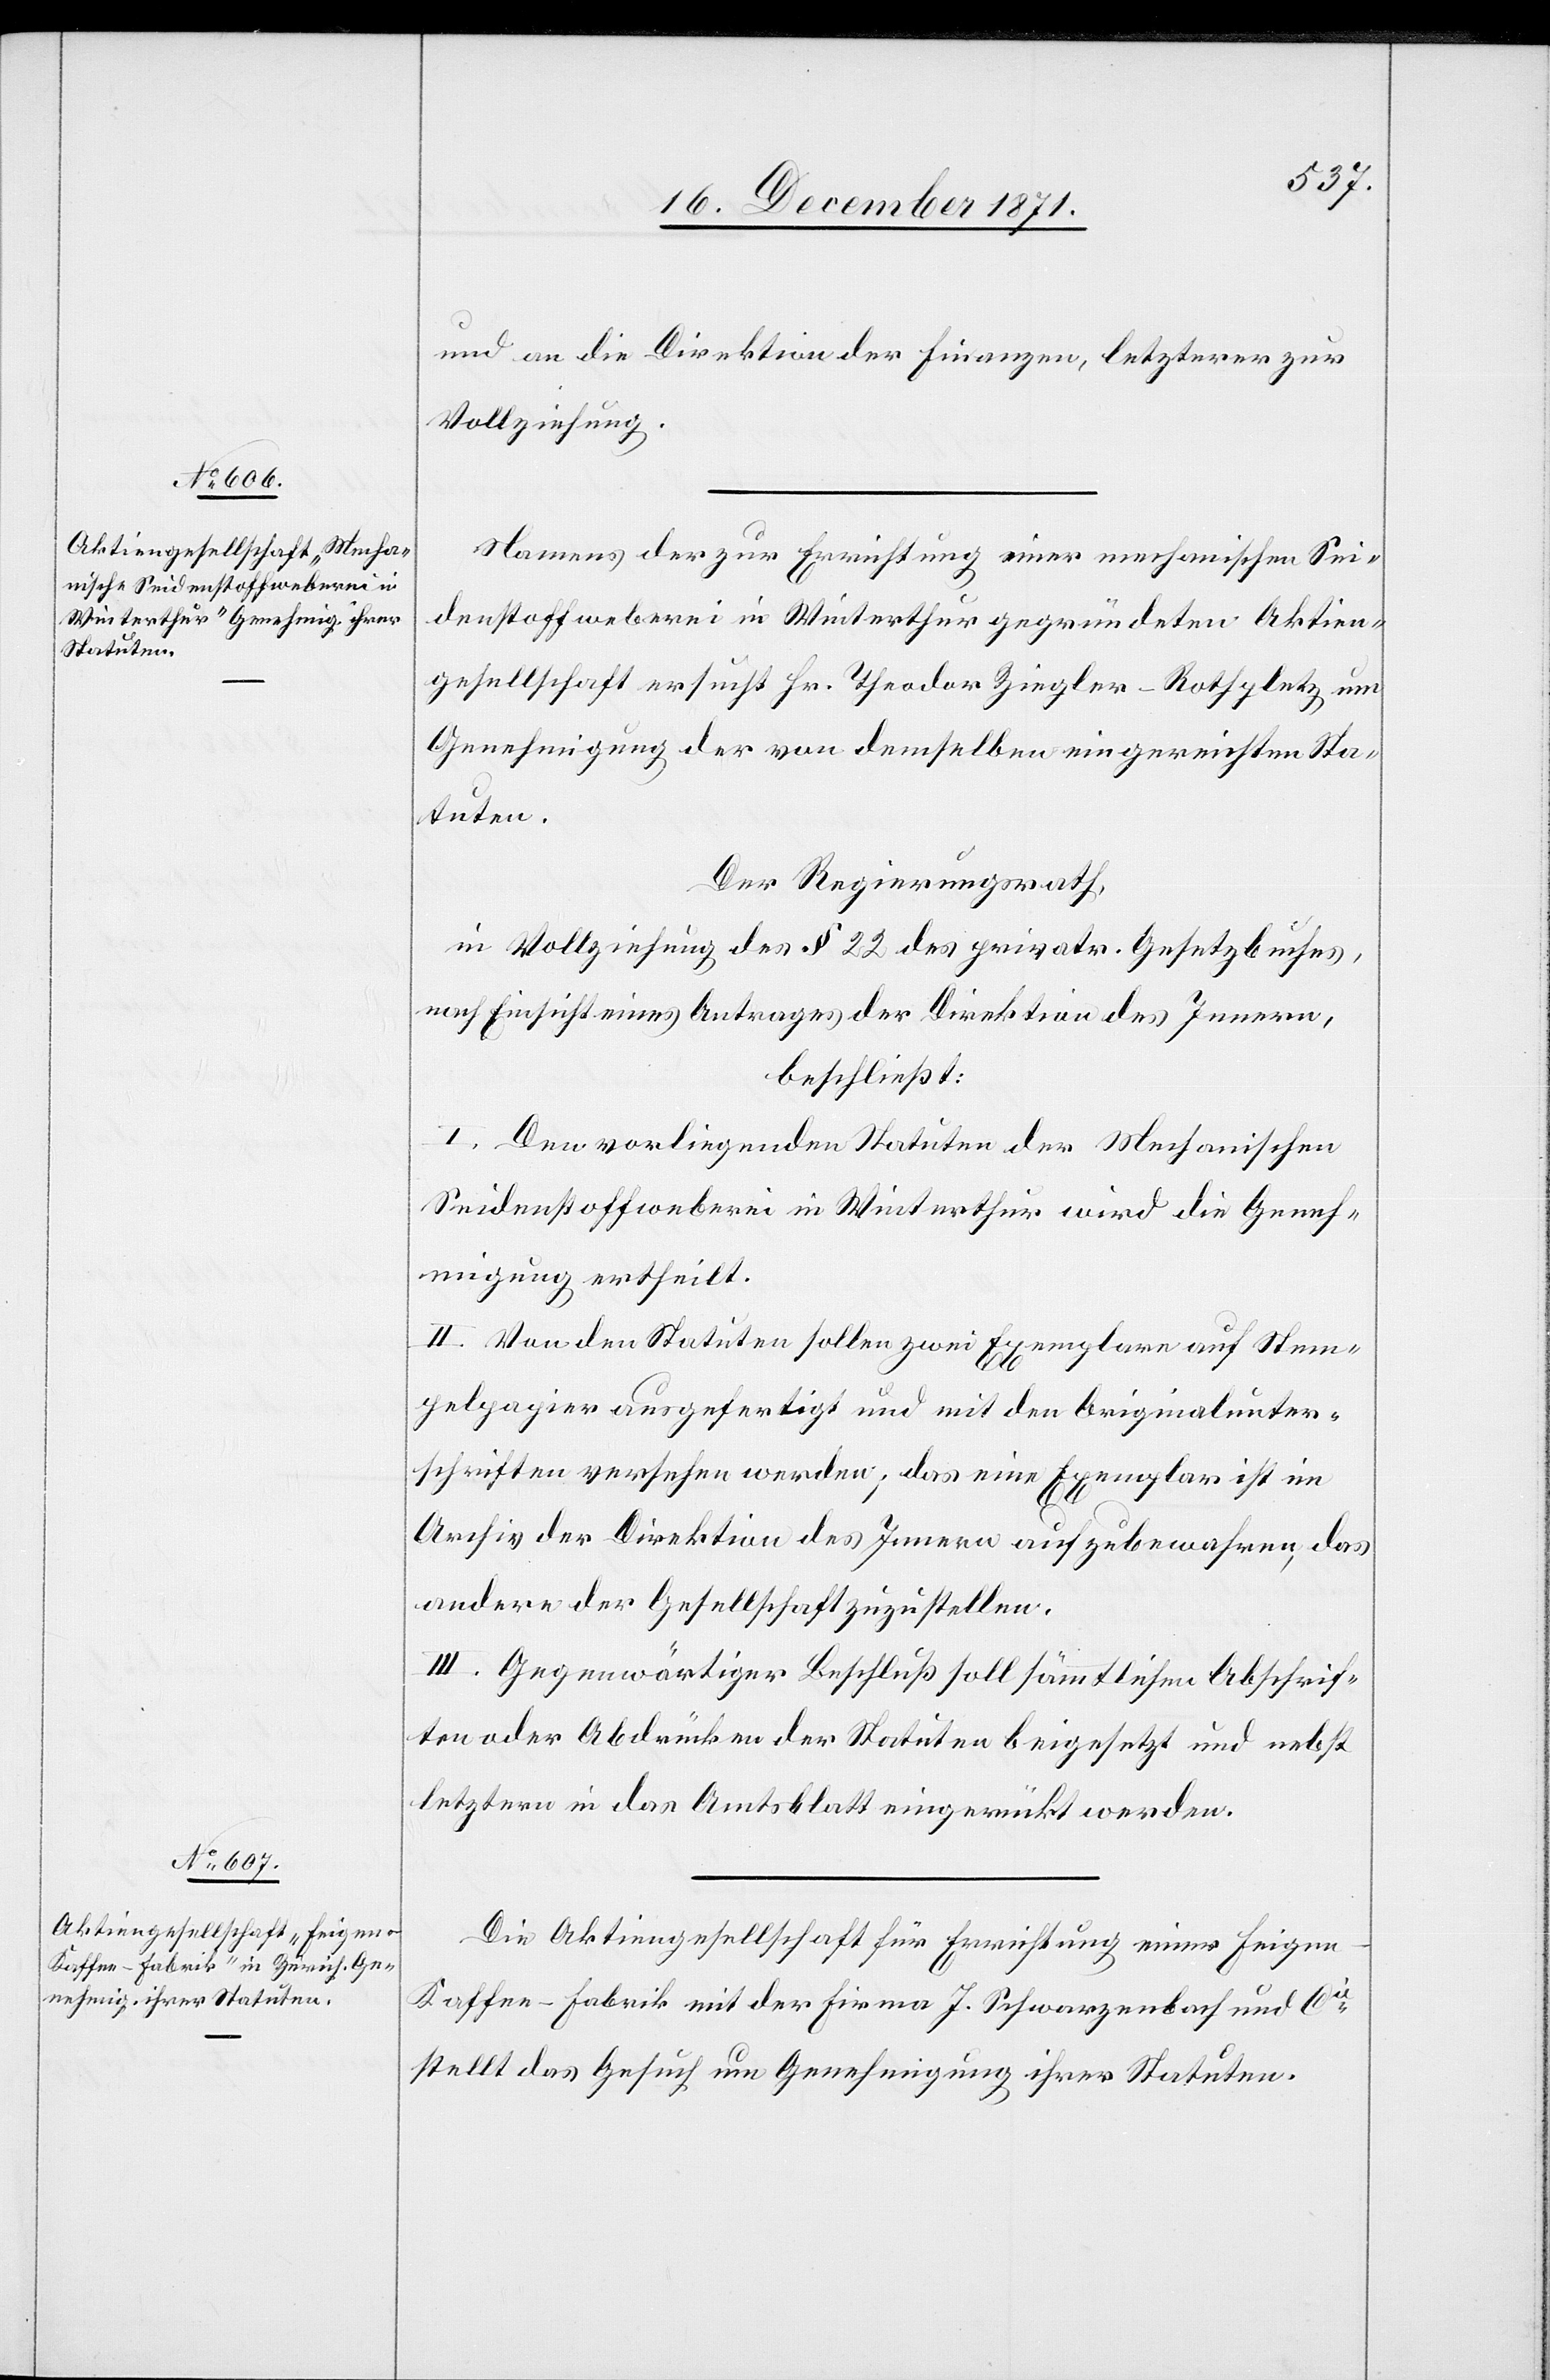
und an die Direktion der Finanzen, letzteren zur
Vollziehung
Namens der zur Errichtung einer mechanischen Sei¬
denstoffweberei in Winterthur gegründeten Aktien¬
gesellschaft ersucht Hr. Theodor Ziegler-Rothpletz um
Genehmigung der von demselben eingereichten Sta¬
tuten.
Der Regierungsrath,
in Vollziehung des § 22 des privatr. Gesetzbuches,
nach Einsicht eines Antrages der Direktion des Innern,
beschließt:
I. Den vorliegenden Statuten der Mechanischen
Seidenstoffweberei in Winterthur wird die Geneh¬
migung ertheilt.
II. Von den Statuten sollen zwei Exemplare auf Stem¬
pelpapier ausgefertigt und mit den Originalunter¬
schriften versehen werden; das eine Exemplar ist im
Archiv der Direktion des Innern aufzubewahren, das
andere der Gesellschaft zuzustellen.
III. Gegenwärtiger Beschluß soll sämmtlichen Abschrif¬
ten oder Abdrücken der Statuten beigesetzt und nebst
letztern in das Amtsblatt eingerückt werden.
Die Aktiengesellschaft für Errichtung einer Feigen-K¬
affee-Fabrik mit der Firma J. Schwarzenbach und Cie.
stellt das Gesuch um Genehmigung ihrer Statuten.